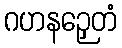
ဂဟနဉှေတံ